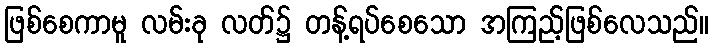
ဖြစ်စေကာမူ လမ်းခု လတ်၌ တန့်ရပ်စေသော အကြည့်ဖြစ်လေသည်။